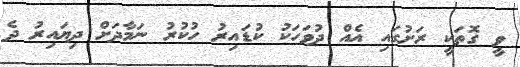
ވީ ގޮތަކީ ރަށުގައި އެއް ދުވަހަކު ކުޑައިރު ހުކުރު ނަމާދަށް ދިޔައިރު ދެ